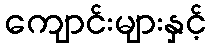
ကျောင်းများနှင့်